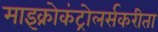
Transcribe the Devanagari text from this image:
माइक्रोकंट्रोलर्सकरीता